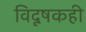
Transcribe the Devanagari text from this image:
विदूषकही